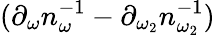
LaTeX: (\partial_{\omega}n_{\omega}^{-1}-\partial_{\omega_{2}}n_{\omega_{2}}^{-1})